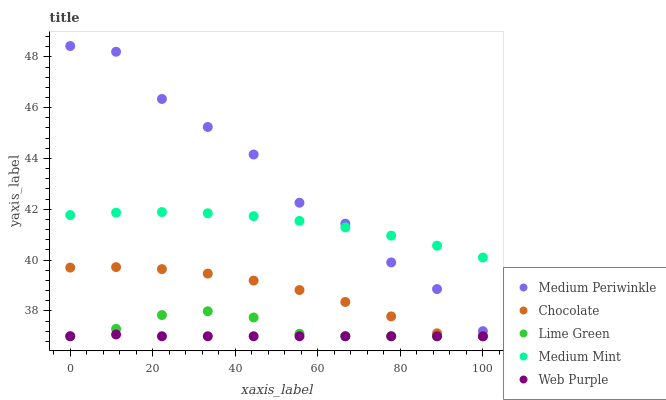
| xaxis_label | Medium Periwinkle | Chocolate | Lime Green | Medium Mint | Web Purple |
 | --- | --- | --- | --- | --- | --- |
 | 0 | 48.4 | 39.7 | 37 | 41.8 | 37 |
 | 11.1 | 48.2 | 39.7 | 37.3 | 41.9 | 37.1 |
 | 22.2 | 46.3 | 39.6 | 37.8 | 41.9 | 37 |
 | 33.3 | 45.2 | 39.5 | 38 | 41.8 | 37 |
 | 44.4 | 44.2 | 39.2 | 37.7 | 41.7 | 37 |
 | 55.6 | 42.3 | 38.8 | 37.1 | 41.5 | 37 |
 | 66.7 | 41.4 | 38.3 | 37 | 41.3 | 37 |
 | 77.8 | 39.9 | 37.8 | 37 | 41 | 37 |
 | 88.9 | 38.9 | 37.1 | 37 | 40.6 | 37 |
 | 100 | 37.2 | 37 | 37 | 40.1 | 37 |